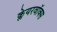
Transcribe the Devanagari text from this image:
क्लेयरवॉक्स